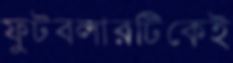
ফুটবলারটিকেই